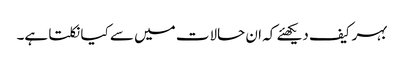
بہرکیف دیکھئے کہ ان حالات میں سے کیا نکلتا ہے۔